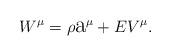
LaTeX: \begin{align*}W^{\mu}=\rho\hbox{\Large a}^{\mu}+EV^{\mu}.\end{align*}